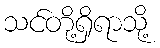
သင်တို့ရှိရာသို့